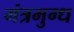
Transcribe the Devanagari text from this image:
मंत्रमुग्‍ध